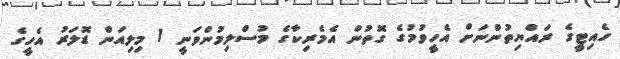
ހެއިޓީގެ ރައްޔިތުންނަށް އެހީވުމުގެ ގޮތުން އެމެރިކާގެ މުސްލިމުންވަނީ 1 މިލިއަން ޑޮލަރު އެހީގެ